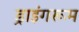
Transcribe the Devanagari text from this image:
ड्राइंगरूम